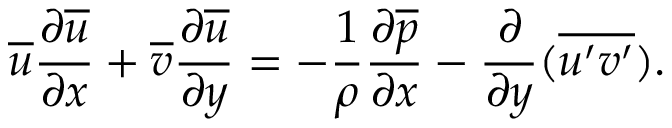
{ \overline { { u } } } { \frac { \partial { \overline { { u } } } } { \partial x } } + { \overline { { v } } } { \frac { \partial { \overline { { u } } } } { \partial y } } = - { \frac { 1 } { \rho } } { \frac { \partial { \overline { { p } } } } { \partial x } } - { \frac { \partial } { \partial y } } ( { \overline { { u ^ { \prime } v ^ { \prime } } } } ) .